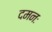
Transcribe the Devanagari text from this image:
दमनः